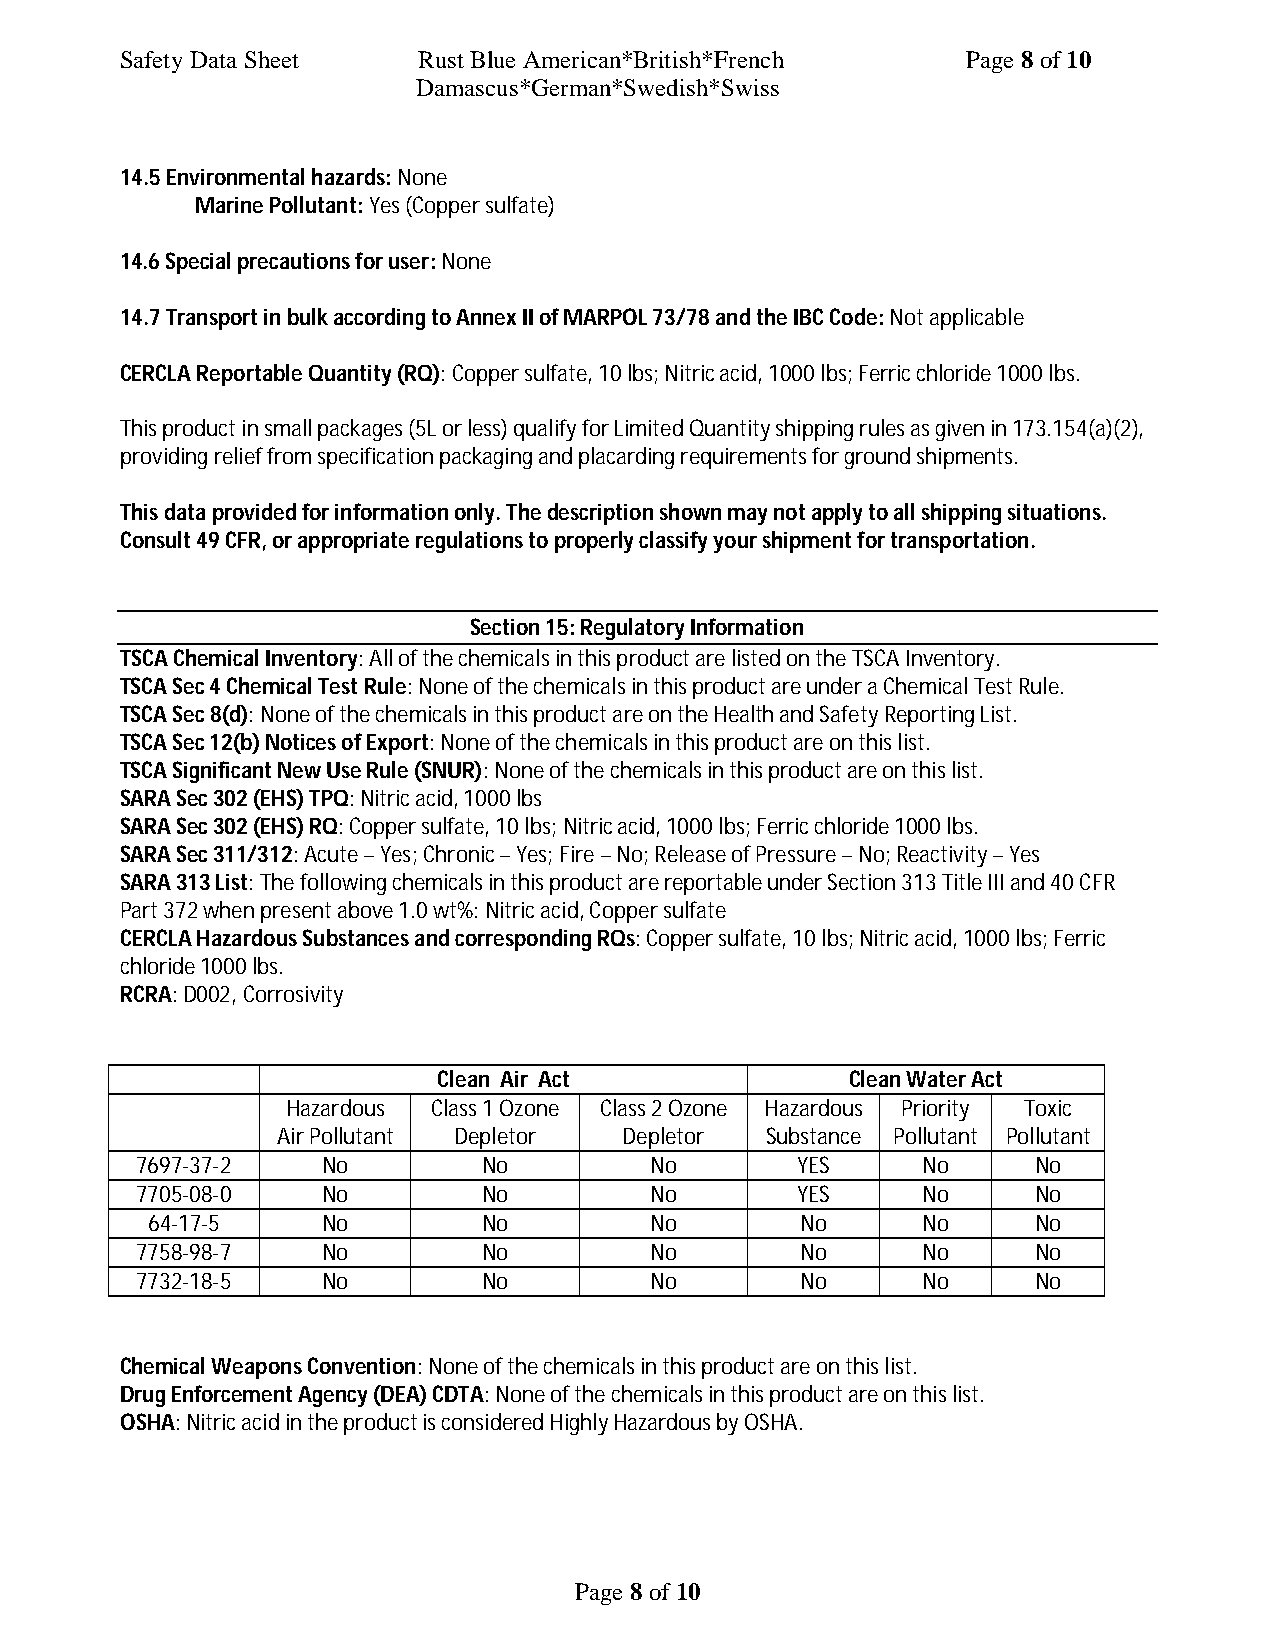
Safety Data Sheet   Rust Blue American*British*French   Page 8 of 10
 Damascus*German*Swedish*Swiss
 14.5 Environmental hazards: None
 Marine Pollutant: Yes (Copper sulfate)
 14.6 Special precautions for user: None
 14.7 Transport in bulk according to Annex II of MARPOL 73/78 and the IBC Code: Not applicable
 CERCLA Reportable Quantity (RQ): Copper sulfate, 10 lbs; Nitric acid, 1000 lbs; Ferric chloride 1000 lbs.
 This product in small packages (5L or less) qualify for Limited Quantity shipping rules as given in 173.154(a)(2),
 providing relief from specification packaging and placarding requirements for ground shipments.
 This data provided for information only. The description shown may not apply to all shipping situations.
 Consult 49 CFR, or appropriate regulations to properly classify your shipment for transportation.
 Section 15: Regulatory Information
 TSCA Chemical Inventory: All of the chemicals in this product are listed on the TSCA Inventory.
 TSCA Sec 4 Chemical Test Rule: None of the chemicals in this product are under a Chemical Test Rule.
 TSCA Sec 8(d): None of the chemicals in this product are on the Health and Safety Reporting List.
 TSCA Sec 12(b) Notices of Export: None of the chemicals in this product are on this list.
 TSCA Significant New Use Rule (SNUR): None of the chemicals in this product are on this list.
 SARA Sec 302 (EHS) TPQ: Nitric acid, 1000 lbs
 SARA Sec 302 (EHS) RQ: Copper sulfate, 10 lbs; Nitric acid, 1000 lbs; Ferric chloride 1000 lbs.
 SARA Sec 311/312: Acute – Yes; Chronic – Yes; Fire – No; Release of Pressure – No; Reactivity – Yes
 SARA 313 List: The following chemicals in this product are reportable under Section 313 Title III and 40 CFR
 Part 372 when present above 1.0 wt%: Nitric acid, Copper sulfate
 CERCLA Hazardous Substances and corresponding RQs: Copper sulfate, 10 lbs; Nitric acid, 1000 lbs; Ferric
 chloride 1000 lbs.
 RCRA: D002, Corrosivity
 Clean Air Act              Clean Water Act
 Hazardous Class 1 Ozone Class 2 Ozone Hazardous Priority Toxic
 Air Pollutant Depletor Depletor  Substance Pollutant Pollutant
 7697-37-2   No         No         No        YES     No     No
 7705-08-0   No         No         No        YES     No     No
 64-17-5    No         No         No        No      No     No
 7758-98-7   No         No         No        No      No     No
 7732-18-5   No         No         No        No      No     No
 Chemical Weapons Convention: None of the chemicals in this product are on this list.
 Drug Enforcement Agency (DEA) CDTA: None of the chemicals in this product are on this list.
 OSHA: Nitric acid in the product is considered Highly Hazardous by OSHA.
 Page 8 of 10